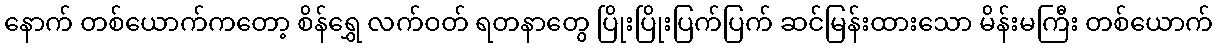
နောက် တစ်ယောက်ကတော့ စိန်ရွှေ လက်ဝတ် ရတနာတွေ ပြိုးပြိုးပြက်ပြက် ဆင်မြန်းထားသော မိန်းမကြီး တစ်ယောက်